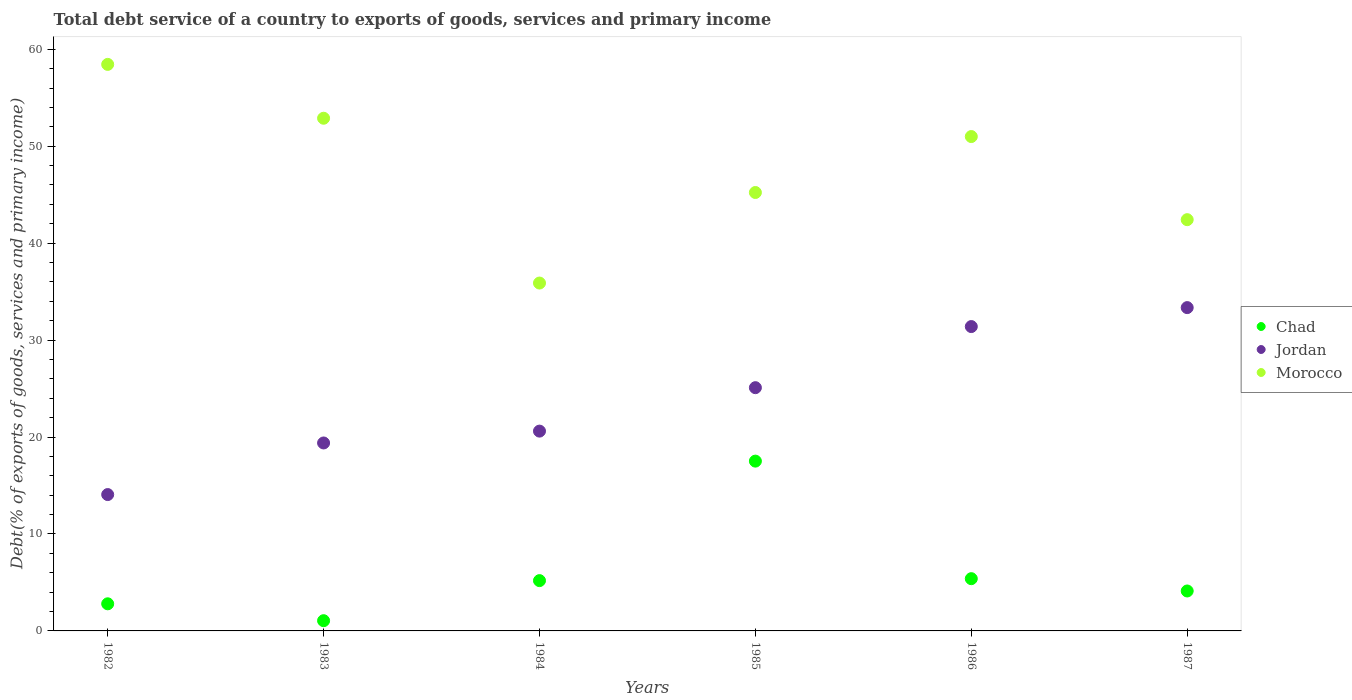
| Years | Chad | Jordan | Morocco |
 | --- | --- | --- | --- |
 | 1982 | 2.8 | 14.1 | 58.4 |
 | 1983 | 1.05 | 19.4 | 52.9 |
 | 1984 | 5.19 | 20.6 | 35.9 |
 | 1985 | 17.5 | 25.1 | 45.2 |
 | 1986 | 5.39 | 31.4 | 51 |
 | 1987 | 4.12 | 33.4 | 42.4 |